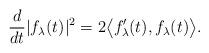
LaTeX: \begin{align*}\frac{d}{dt} |f_{\lambda}(t)|^{2} = 2 \big< f_{\lambda}'(t), f_{\lambda}(t) \big>. \end{align*}